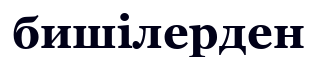
бишілерден